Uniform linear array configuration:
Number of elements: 24
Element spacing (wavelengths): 1
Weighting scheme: binomial
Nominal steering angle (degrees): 60
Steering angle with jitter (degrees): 61.581
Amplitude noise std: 0.05
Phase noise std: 0.05

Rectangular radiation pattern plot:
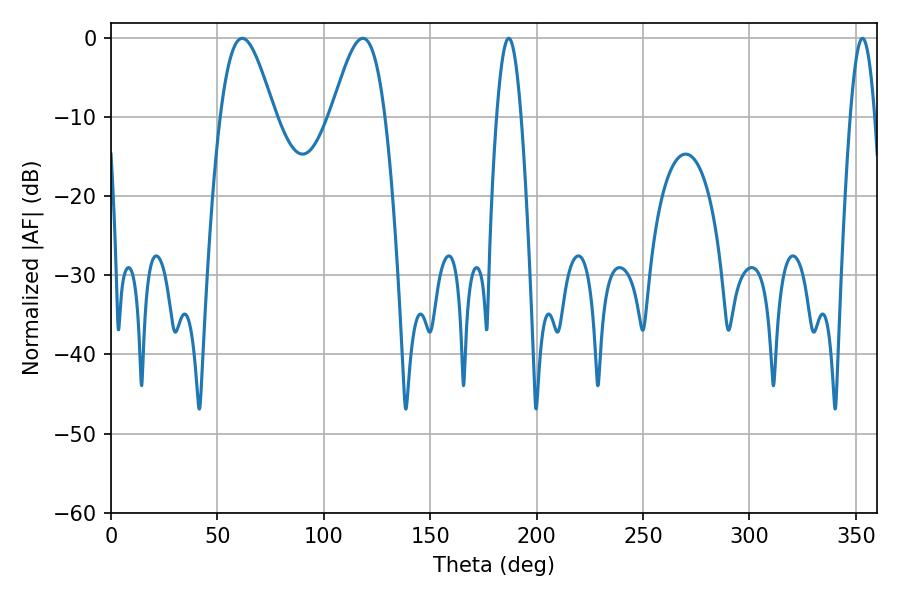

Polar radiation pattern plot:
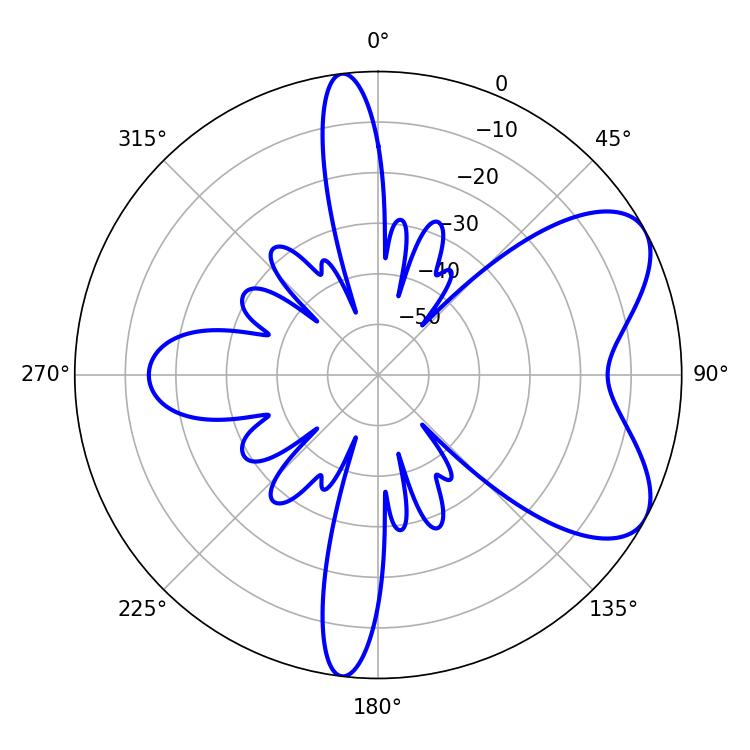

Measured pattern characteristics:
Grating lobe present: TRUE
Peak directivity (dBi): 6.605
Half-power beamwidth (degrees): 13.5
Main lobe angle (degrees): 61.74